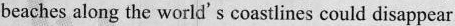
beaches along the world's coastlines could disappear